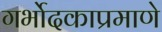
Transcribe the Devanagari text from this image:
गर्भोदकाप्रमाणे